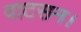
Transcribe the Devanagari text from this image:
वाटसन।